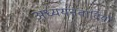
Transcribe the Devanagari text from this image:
अध्ययनवादियों